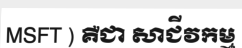
MSFT ) គឺជា សាជីវកម្ម